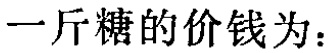
一斤糖的价钱为：